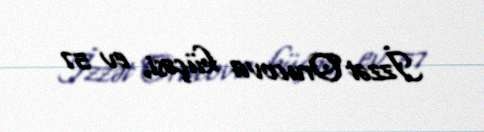
İzzət Orucova küçəsi, ev 57